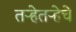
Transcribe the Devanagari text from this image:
तऱ्हेतऱ्हेचे